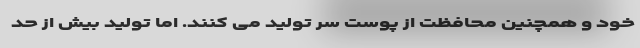
خود و همچنین محافظت از پوست سر تولید می کنند. اما تولید بیش از حد